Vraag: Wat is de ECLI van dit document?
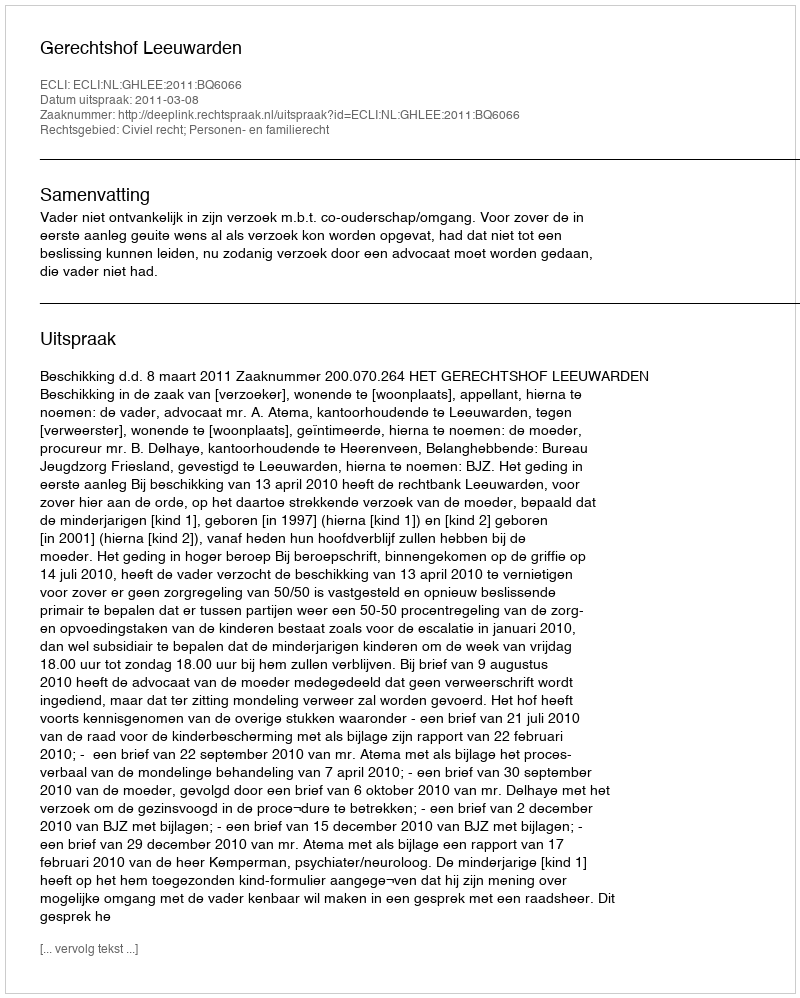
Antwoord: ECLI:NL:GHLEE:2011:BQ6066